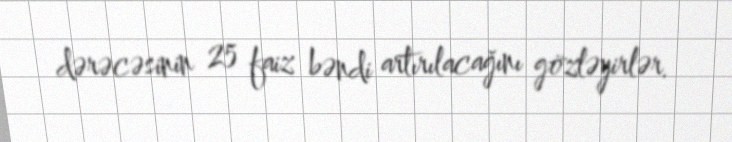
dərəcəsinin 25 faiz bəndi artırılacağını gözləyirlər.